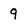
Character: 9